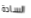
السادة